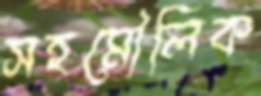
সহমৌলিক